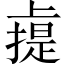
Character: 䶶